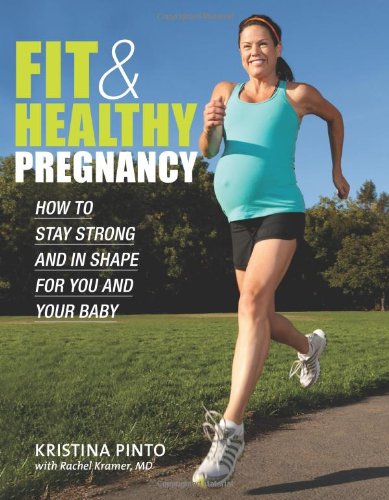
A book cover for Fit & Healthy Pregnancy: How to Stay Strong and in Shape for You and Your Baby; Kristina Pinto; Health, Fitness & Dieting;